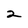
Character: 2